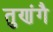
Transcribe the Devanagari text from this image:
तुणंगै